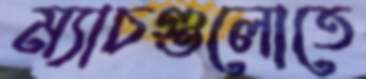
ম্যাচগুলোতে